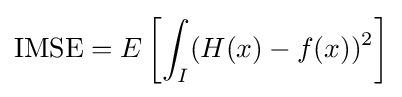
{\text{IMSE}}=E\left[\int _{I}(H(x)-f(x))^{2}\right]